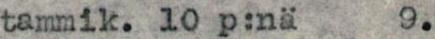
tammik. 10 p:nä 9.